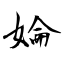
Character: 婨